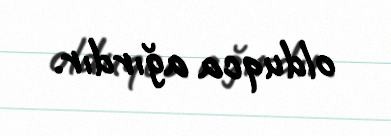
olduqca ağırdır.